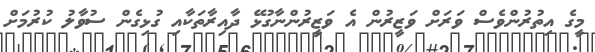
މީގެ އިތުރުންވެސް ވަރަށް ވަޒީރުން އެ ވަޒީރުންނާގުޅޭ ދާއިރާތަކާއި ގުޅިގެން ސުވާލު ކުރުމަށް